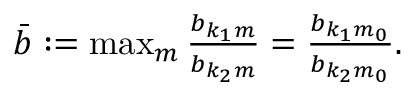
\begin{array} { r } { \bar { b } : = \operatorname* { m a x } _ { m } \frac { b _ { { k _ { 1 } } { m } } } { b _ { { k _ { 2 } } { m } } } = \frac { b _ { { k _ { 1 } } { m _ { 0 } } } } { b _ { { k _ { 2 } } { m _ { 0 } } } } . } \end{array}